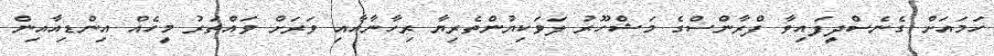
ހަމައަށް ގެނެސްދީފައިވާ ފްރާންސްގެ މަޝްހޫރު ލަވަކިޔުންތެރިޔާ ރިހާނާއާއި ވަރަށް ވައްތަރު މީހެއް އިންޑިއާއިން